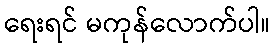
ရေးရင် မကုန်လောက်ပါ။